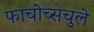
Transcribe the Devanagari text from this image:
फाचोच्सचुले